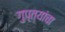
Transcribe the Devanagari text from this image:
गुप्त्यांचा